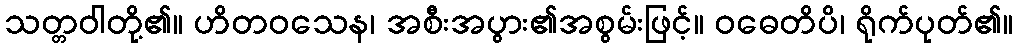
သတ္တဝါတို့၏။ ဟိတဝသေန၊ အစီးအပွား၏အစွမ်းဖြင့်။ ဝဓေတိပိ၊ ရိုက်ပုတ်၏။